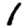
Digit: 1